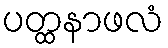
ပတ္ထနာဖလံ